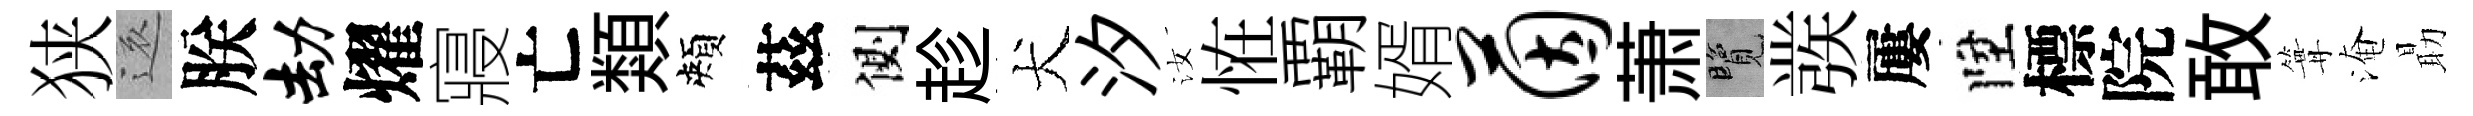
狭還朕劫燿寢亡類頰茲側趁犬汐汝恠覇婿茵萧覽彂屢陞標院敢篝淹朂